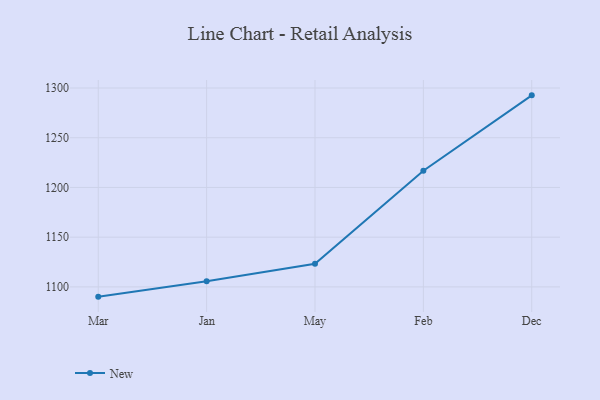
{"axis": {"x": "Month", "y": "Demand Index"}, "legend": ["New"], "data": [{"x": "Mar", "y": 1090.2, "type": "New"}, {"x": "Jan", "y": 1105.6, "type": "New"}, {"x": "May", "y": 1123.3, "type": "New"}, {"x": "Feb", "y": 1216.8, "type": "New"}, {"x": "Dec", "y": 1292.6, "type": "New"}]}